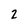
Character: 2